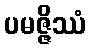
ပမဇ္ဇိဿံ